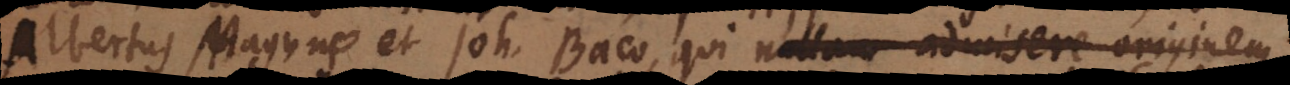
Albertus Magnus et Joh. Baco, qui nullam admisere originem